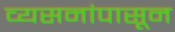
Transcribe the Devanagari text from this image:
व्यसनांपासून